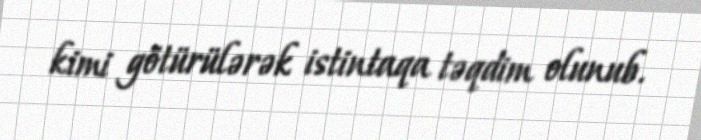
kimi götürülərək istintaqa təqdim olunub.